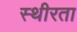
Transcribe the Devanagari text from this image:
स्थीरता